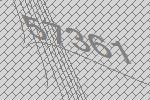
57361